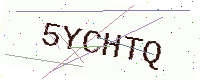
Text: 5YCHTQ